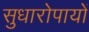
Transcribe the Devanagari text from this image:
सुधारोपायों